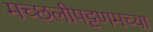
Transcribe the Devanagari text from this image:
मच्छलीपट्टणमच्या